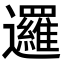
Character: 邏